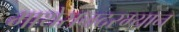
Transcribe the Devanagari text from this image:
माथेरानदरम्यान